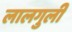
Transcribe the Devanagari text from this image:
लालगुली